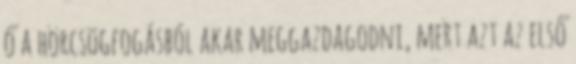
ő a hörcsögfogásból akar meggazdagodni, mert azt az első